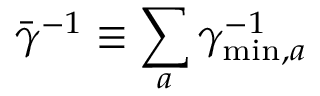
{ \bar { \gamma } } ^ { - 1 } \equiv \sum _ { a } \gamma _ { \mathrm { m i n } , a } ^ { - 1 }